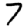
Digit: 7